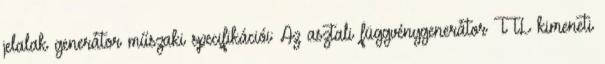
jelalak generátor műszaki specifikációi: Az asztali függvénygenerátor TTL kimeneti